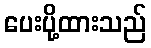
ပေးပို့ထားသည်